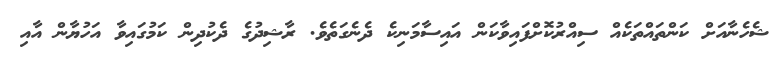
ޝެހެނާއަށް ކަންތައްތަކެއް ސިއްރުކޮށްފައިވާކަން އައިސާމަނިކެ ދެނެގަތެވެ. ރާޝިދުގެ ދެކުދިން ކަމުގައިވާ އަހުޔާން އާއި